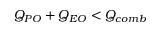
Q _ { P O } + Q _ { E O } < Q _ { c o m b }